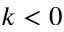
k < 0